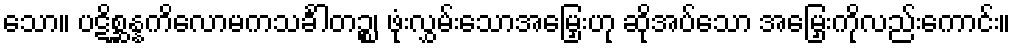
သော။ ပဋိစ္ဆန္နကိလောမကသင်္ခါတဉ္စ၊ ဖုံးလွှမ်းသောအမြှေးဟု ဆိုအပ်သော အမြှေးကိုလည်းကောင်း။